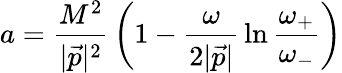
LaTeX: a={\frac{M^{2}}{|{\vec{p}}|^{2}}}\left(1-{\frac{\omega}{2|{\vec{p}}|}}\ln{\frac{\omega_{+}}{\omega_{-}}}\right)